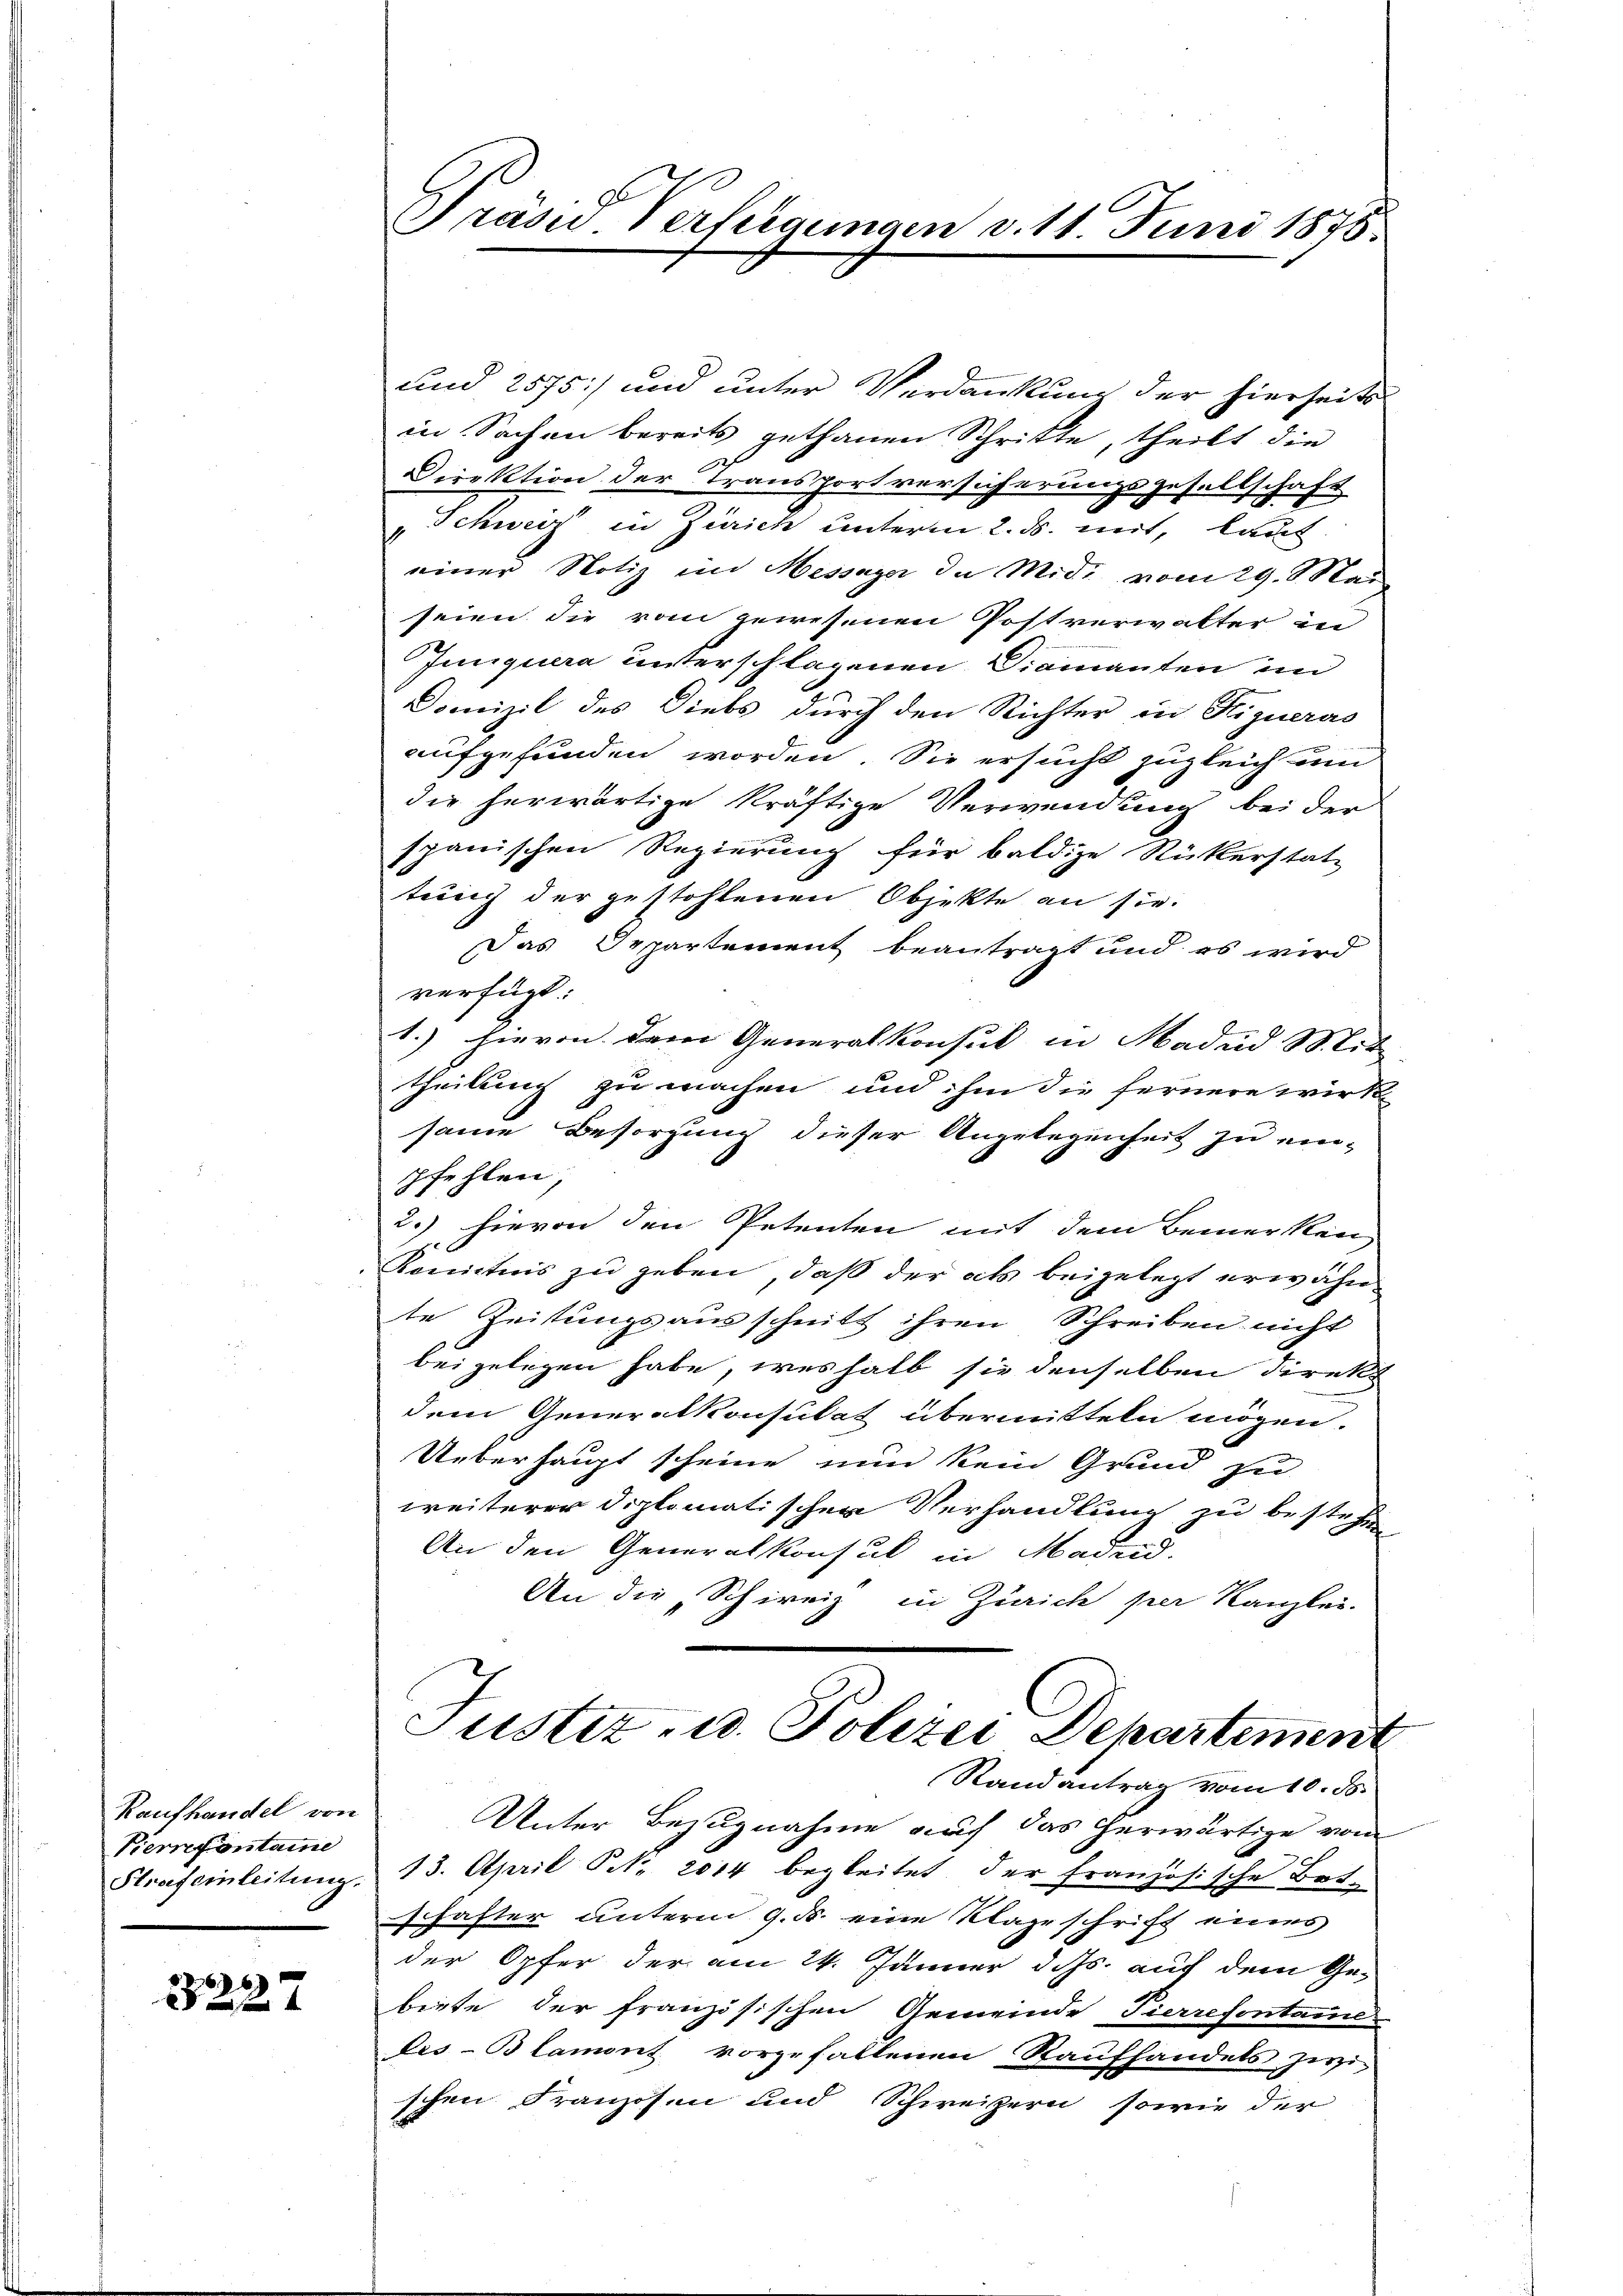
Kaufhandel von
Pierrefontaine

3227

Präsid Verfügungen v. 11. Juni 1875.

und 2575 und unter Verdankung der hierseits
in Sachen bereits gethanen Schritte, theilt die
Direktion der Transportversicherungsgesellschaft
"Schweiz in Zürich unterm 2. ds. mit, laut
einer Notiz im Messayer in Midi vom 29. Man
seien die vom gewesenen Postverwalter in
Junquera unterschlagenen Diamanten un
Domizil des Diebs durch den Richter in Higueras
aufgefunden worden. Sie ersucht zugleich um
die herwärtige kräftige Verwendung bei der
spanischen Regierung für baldige Rückerstatz
tung der gestohlenen Objekte an sie
Das Departement beantragt und es wird
verfügt:
1.) hievon dem Generalkonsul in Madrid Mit
theilung zu machen und ihm die fernere wirk
same Besorgung dieser Angelegenheit zu einpfehlen,
2.) hievon den Petenten mit dem Bemerken
Konntnis zu geben, daß der als beigelegt erwähnte Zeitungsausschnitt ihren Schreiben nicht
beigelegen habe, weshalb sie denselben direkt
dem Generalkonsulat übermitteln mögen.
Ueberhaupt scheine nun kein Grund zu
weiterer Diplomatischen Verhandlung zu bestehe
An den Generalkonsul in Madend
An die „Schweiz in Zürich per Kanzlei-
Justiz- u. Polizei Departement

Randantrag vom 10. ds.

Unter Bezugnahme auf das herwärtige von
Strafsinleitŭng 13. April S. 2014 begleitet der Französische Botschafter unterm 9. ds. eine Klageschrift eines
der Opfer der am 24. Jänner d. Js. auf dem Ge-
biete der französischen Gemeinde Pierrefontamen
les-Blamont vorzufallenen Raufhandels zwi-
schen Franzosen und Schweizern sowie der